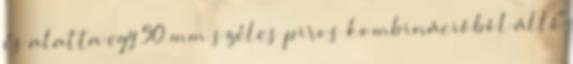
és alatta egy 50 mm széles piros kombinációból álló